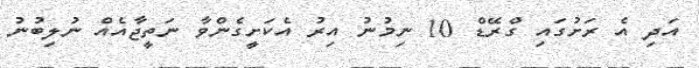
އަދި އެ ރަށުގައި ގްރޭޑް 10 ނިމުނު އިރު އެކަށީގެންވާ ނަތީޖާއެއް ނުލިބުނު